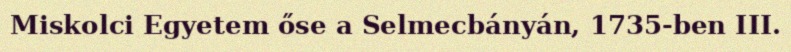
Miskolci Egyetem őse a Selmecbányán, 1735-ben III.